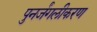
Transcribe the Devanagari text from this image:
पुनर्जंगलीकरण